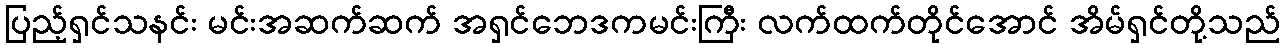
ပြည့်ရှင်သနင်း မင်းအဆက်ဆက် အရှင်ဘေဒကမင်းကြီး လက်ထက်တိုင်အောင် အိမ်ရှင်တို့သည်